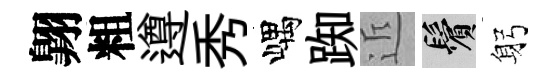
翺粗遵秀嵎踟近鬢躬